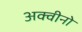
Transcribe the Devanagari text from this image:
अक्वीनो